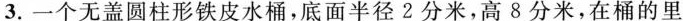
3.一个无盖圆柱形铁皮水桶，底面半径2分米，高8分米，在桶的里